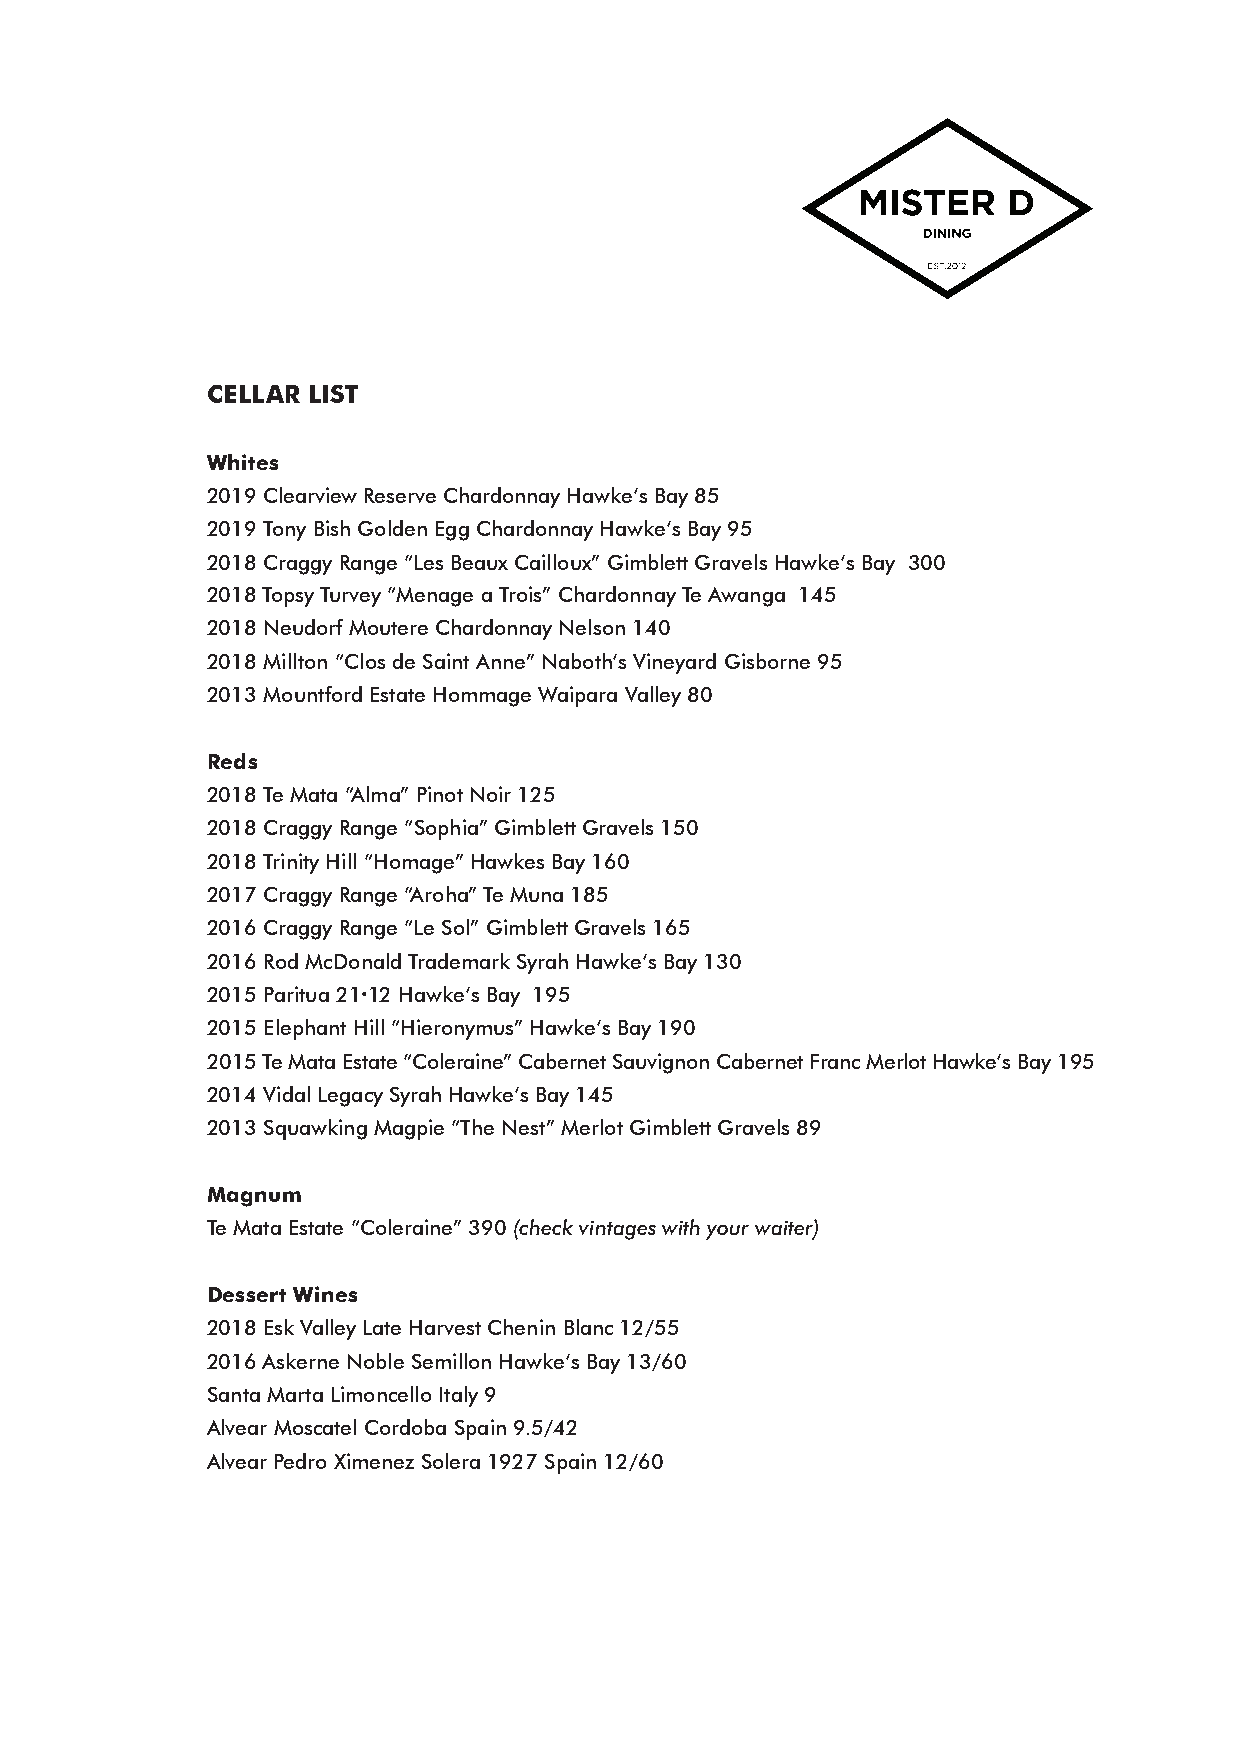
CELLAR LIST
 Whites
 2019 Clearview Reserve Chardonnay Hawke’s Bay 85
 2019 Tony Bish Golden Egg Chardonnay Hawke’s Bay 95
 2018 Craggy Range “Les Beaux Cailloux” Gimblett Gravels Hawke’s Bay 300
 2018 Topsy Turvey “Menage a Trois” Chardonnay Te Awanga 145
 2018 Neudorf Moutere Chardonnay Nelson 140
 2018 Millton “Clos de Saint Anne” Naboth’s Vineyard Gisborne 95
 2013 Mountford Estate Hommage Waipara Valley 80
 Reds
 2018 Te Mata “Alma” Pinot Noir 125
 2018 Craggy Range “Sophia” Gimblett Gravels 150
 2018 Trinity Hill “Homage” Hawkes Bay 160
 2017 Craggy Range “Aroha” Te Muna 185
 2016 Craggy Range “Le Sol” Gimblett Gravels 165
 2016 Rod McDonald Trademark Syrah Hawke’s Bay 130
 2015 Paritua 21.12 Hawke’s Bay 195
 2015 Elephant Hill “Hieronymus” Hawke’s Bay 190
 2015 Te Mata Estate “Coleraine” Cabernet Sauvignon Cabernet Franc Merlot Hawke’s Bay 195
 2014 Vidal Legacy Syrah Hawke’s Bay 145
 2013 Squawking Magpie “The Nest” Merlot Gimblett Gravels 89
 Magnum
 Te Mata Estate “Coleraine” 390 (check vintages with your waiter)
 Dessert Wines
 2018 Esk Valley Late Harvest Chenin Blanc 12/55
 2016 Askerne Noble Semillon Hawke’s Bay 13/60
 Santa Marta Limoncello Italy 9
 Alvear Moscatel Cordoba Spain 9.5/42
 Alvear Pedro Ximenez Solera 1927 Spain 12/60